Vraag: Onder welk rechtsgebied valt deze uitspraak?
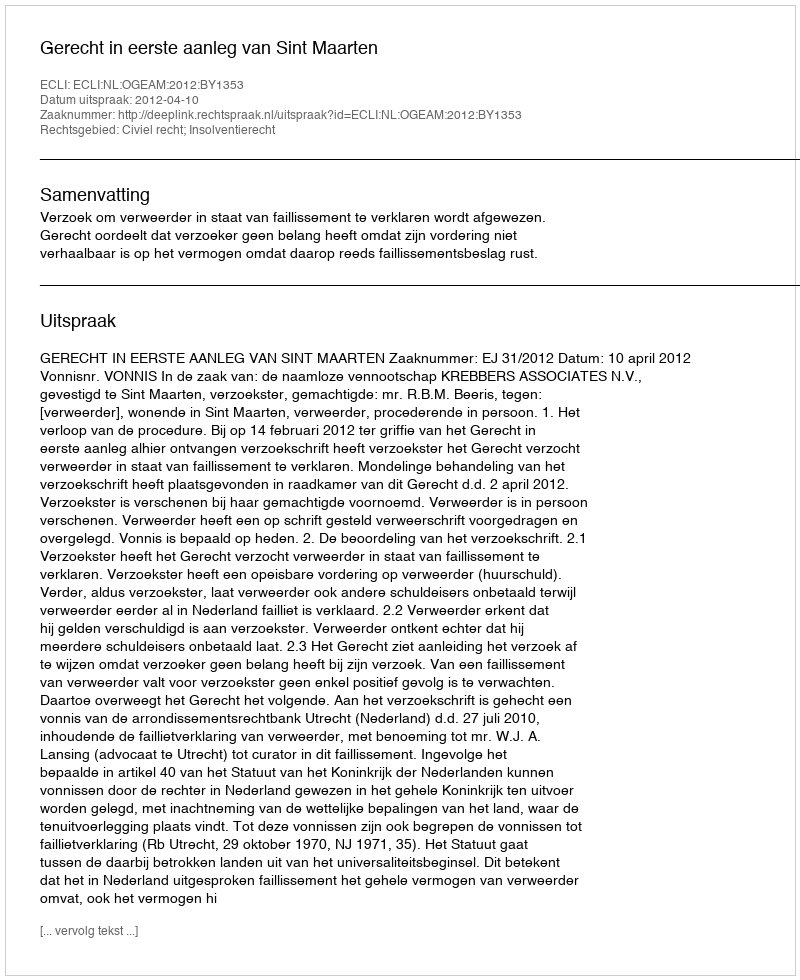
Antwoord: Civiel recht; Insolventierecht